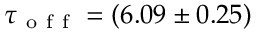
\tau _ { \mathrm { ~ o ~ f ~ f ~ } } = ( 6 . 0 9 \pm 0 . 2 5 )